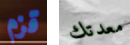
قزم معدتك